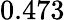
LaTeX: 0.473